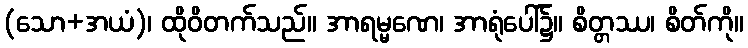
(သော+အယံ)၊ ထိုဝိတက်သည်။ အာရမ္မဏေ၊ အာရုံပေါ်၌။ စိတ္တဿ၊ စိတ်ကို။